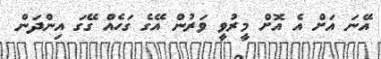
އޭނަ އަށް އެ އޮށް މީރުވީ ވަރުން އޭގެ ގަހެއް ގޭގަ އިންދަން